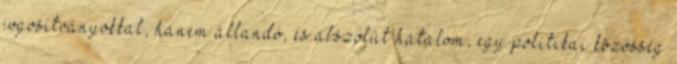
jogosítványokkal, hanem állandó, és abszolút hatalom, egy politikai közösség